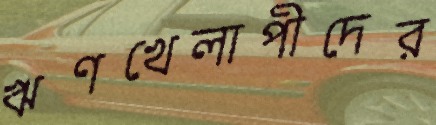
ঋণখেলাপীদের